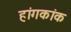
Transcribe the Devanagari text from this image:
हांगकांक